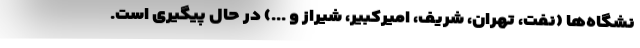
نشگاه‌ها (نفت، تهران، شریف، امیرکبیر، شیراز و ...) در حال پیگیری است.